Vaccination North-Western Provinces and Oudh 1878-1895 - 1878-1895
Year: 1878
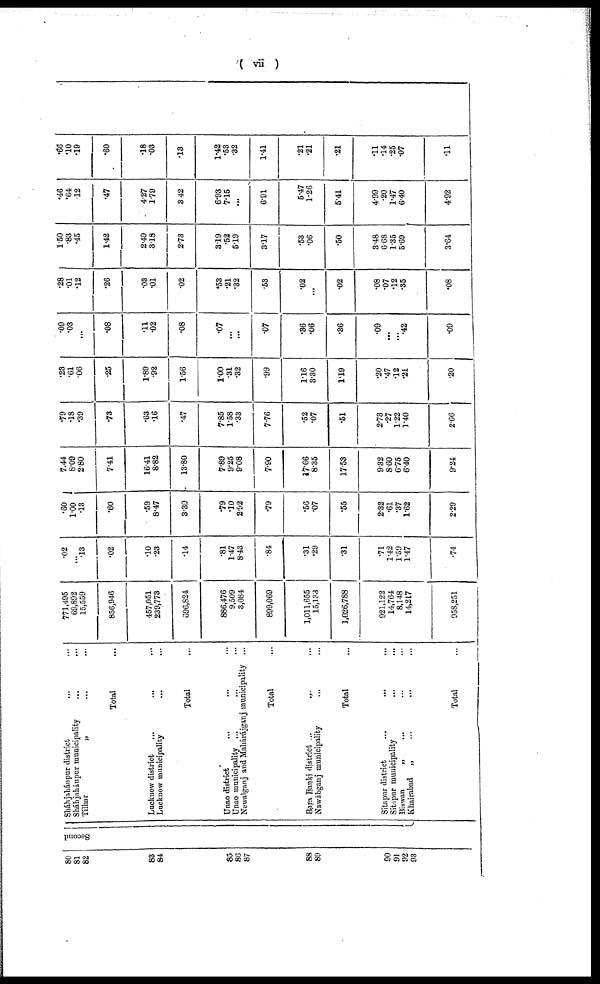
( vii )
80
81
82
83
84
85
86
87
88
89
90
91
92
93
Second
Sháhjahánpur district ... ...
Sháhjahánpur municipality ... ...
Tilhar
„
...
...
Total ...
Lucknow district ... ... ...
Lucknow municipality ... ...
Total ...
Unao district ... ... ...
Unao municipality ... ... ...
Newalganj and Mahárájganj municipality ...
Total ...
Bara Banki district ... ... ...
Nawábganj municipality ... ...
Total ...
Sitapur district ... ... ...
Sitapur municipality
...
...
Biswan
„
...
...
...
Khairabad „ ... ... ...
Total ...
771,495
69,892
15,559
856,946
457,051
239,773
696,824
886,476
9,509
3,084
899,069
1,011,655
15,133
1,026,788
921,122
14,764
8,148
14,217
958,251
.02
...
.13
.02
.10
.23
.14
.81
1.47
8.43
.84
.31
.29
.31
.71
1.42
1.59
1.47
.74
.60
1.00
.13
.60
.59
8.47
3.30
.79
.10
2.92
.79
.56
.07
.55
2.32
.61
.37
1.62
2.29
7.44
8.09
2.80
7.41
16.41
8.82
13.80
7.89
9.25
9.08
7.90
17.66
8.35
17.53
9.32
8.60
6.75
6.40
9.24
.79
.18
.39
.73
.63
.16
.47
7.85
1.58
.33
7.76
.52
.07
.51
2.73
.27
1.22
1.40
2.66
.23
.61
.06
.25
1.89
.92
1.56
1.00
.31
.32
.99
1.16
3.30
1.19
.20
.47
.12
.21
.20
.09
.03
...
.08
.11
.02
.08
.07
...
...
.07
.36
.06
.36
.09
...
...
.42
.09
.28
.01
.12
.26
.03
.01
.02
.53
.21
.32
.53
.02
...
.02
.08
.07
.12
.35
.08
1.50
.83
.45
1.42
2.49
3.18
2.73
3.19
.52
5.19
3.17
.53
.06
.50
3.48
6.68
1.35
5.69
3.64
.46
.64
.12
.47
4.27
1.79
3.42
6.93
7.15
...
6.91
5.47
1.26
5.41
4.99
.20
1.47
6.40
4.92
.66
.10
.19
.60
.18
.03
.13
1.42
.53
.32
1.41
.21
.21
.21
.11
.14
.25
.07
11